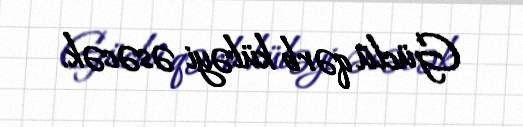
Güclü qərb küləyi əsəcək.